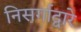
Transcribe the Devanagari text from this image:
निसर्गाद्वारे